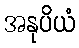
အနုပိယံ